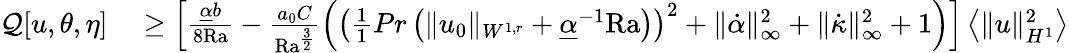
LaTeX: \begin{array}{rl}{\mathcal{Q}[u,\theta,\eta]}&{{}\geq\left[\frac{\underline{{\alpha}}b}{8\mathrm{{Ra}}}-\frac{a_{0}C}{\mathrm{{Ra}}^{\frac{3}{2}}}\left(\left(\frac{1}{1}{{Pr}}\left(\| u_{0}\| _{W^{1,r}}+\underline{{\alpha}}^{-1}\mathrm{{Ra}}\right)\right)^{2}+\| \dot{\alpha}\| _{\infty}^{2}+\| \dot{\kappa}\| _{\infty}^{2}+1\right)\right]\left\langle\| u\| _{H^{1}}^{2}\right\rangle}\end{array}